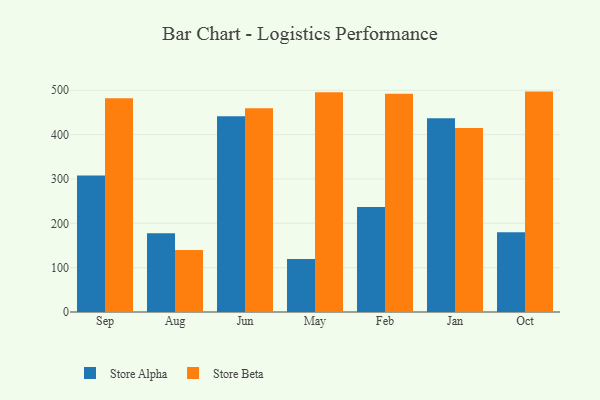
{"axis": {"x": "Month", "y": "Revenue (USD Million)"}, "legend": ["Store Alpha", "Store Beta"], "data": [{"x": "Sep", "y": 307.6, "type": "Store Alpha"}, {"x": "Sep", "y": 481.8, "type": "Store Beta"}, {"x": "Aug", "y": 177.6, "type": "Store Alpha"}, {"x": "Aug", "y": 139.6, "type": "Store Beta"}, {"x": "Jun", "y": 441.2, "type": "Store Alpha"}, {"x": "Jun", "y": 459.3, "type": "Store Beta"}, {"x": "May", "y": 119.5, "type": "Store Alpha"}, {"x": "May", "y": 495.6, "type": "Store Beta"}, {"x": "Feb", "y": 236.5, "type": "Store Alpha"}, {"x": "Feb", "y": 492.2, "type": "Store Beta"}, {"x": "Jan", "y": 437.1, "type": "Store Alpha"}, {"x": "Jan", "y": 415.0, "type": "Store Beta"}, {"x": "Oct", "y": 179.7, "type": "Store Alpha"}, {"x": "Oct", "y": 497.0, "type": "Store Beta"}]}